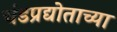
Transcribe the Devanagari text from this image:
चंडप्रद्योताच्या